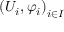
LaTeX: \left( U _ { i } , \varphi _ { i } \right) _ { i \in I }